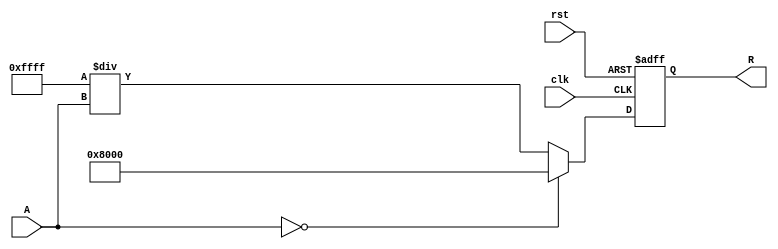
module ApproximateReciprocal #(parameter WIDTH = 16)(
    input  wire [WIDTH-1:0] A,      // Input data
    output wire [WIDTH-1:0] R,      // Output reciprocal
    input  wire clk,
    input  wire rst
);

    // Internal signals
    reg [WIDTH-1:0] R_reg;
    
    // Polynomial approximation coefficients for 1/x (Taylor Series / other methods)
    // These coefficients would need to be derived based on the desired accuracy
    localparam [WIDTH-1:0] COEFF_0 = 16'hFFFF;  // Example coefficient 0
    localparam [WIDTH-1:0] COEFF_1 = 16'h0000;  // Example coefficient 1
    localparam [WIDTH-1:0] COEFF_2 = 16'h0000;  // Example coefficient 2

    // Approximate reciprocal calculation
    function [WIDTH-1:0] approximate_reciprocal(input [WIDTH-1:0] x);
        begin
            if (x == 0) begin
                approximate_reciprocal = {1'b1, {WIDTH-1{1'b0}}}; // Handle Division by Zero
            end else begin
                // Example polynomial approximation of 1/x
                // R = COEFF_0 + COEFF_1 * x + COEFF_2 * x^2 + ...
                // Simplified for the sake of example
                approximate_reciprocal = COEFF_0 / x; // Change this line for actual polynomial
            end
        end
    endfunction

    // Sequential logic for pipelining
    always @(posedge clk or posedge rst) begin
        if (rst) begin
            R_reg <= {WIDTH{1'b0}};
        end else begin
            R_reg <= approximate_reciprocal(A);
        end
    end

    // Assign output
    assign R = R_reg;

endmodule